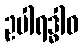
ဥပါရဒ္ဓါဝ